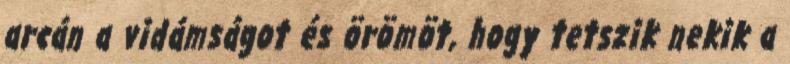
arcán a vidámságot és örömöt, hogy tetszik nekik a